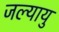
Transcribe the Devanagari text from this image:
जल्यायु